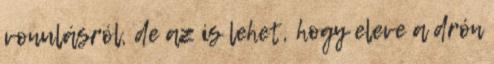
vonulásról, de az is lehet, hogy eleve a drón